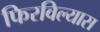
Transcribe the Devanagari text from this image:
फिरविल्यास